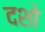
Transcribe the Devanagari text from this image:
दशो